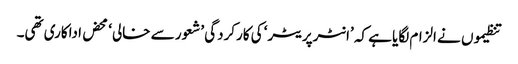
تنظیموں نے الزام لگایا ہے کہ ’انٹرپریٹر‘ کی کارکردگی ’شعور سے خالی‘ محض اداکاری تھی۔